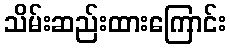
သိမ်းဆည်းထားကြောင်း